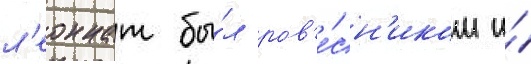
л'еоннат бы́л ров'е́сн'иком и́